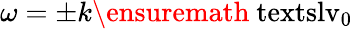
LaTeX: \omega=\pm k\ensuremath{\mathrm{\ textsl{v}}_{0}}